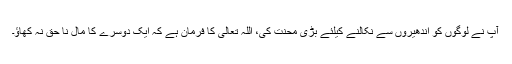
آپؐ نے لوگوں کو اندھیروں سے نکالنے کیلئے بڑی محنت کی، اللہ تعالیٰ کا فرمان ہے کہ ایک دوسرے کا مال نا حق نہ کھاؤ۔